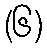
(၆)